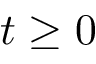
t \ge 0